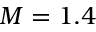
M = 1 . 4